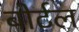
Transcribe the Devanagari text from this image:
बोर्टल